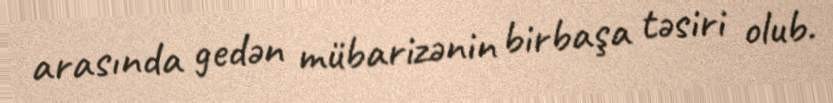
arasında gedən mübarizənin birbaşa təsiri olub.